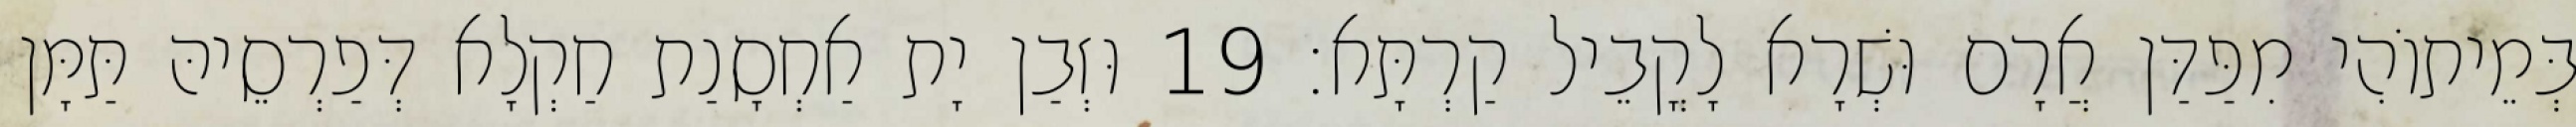
בְּמֵיתוֹהִי מִפַּדַּן אֲרָם וּשְׁרָא לָקֳבֵיל קַרְתָּא׃ 19 וּזְבַן יָת אַחְסָנַת חַקְלָא דְּפַרְסֵיהּ תַּמָּן